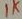
Text: 1K